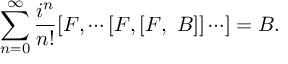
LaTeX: \sum _ { n = 0 } ^ { \infty } \frac { i ^ { n } } { n ! } [ F , \cdots [ F , [ F , ~ B ] ] \cdots ] = B .